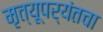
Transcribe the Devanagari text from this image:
मृत्यूपर्यंतचा